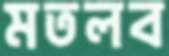
মতলব